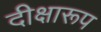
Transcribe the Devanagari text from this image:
दीक्षारूप